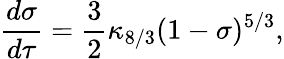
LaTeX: \frac{d\sigma}{d\tau}=\frac{3}{2}\kappa_{8/3}(1-\sigma)^{5/3},